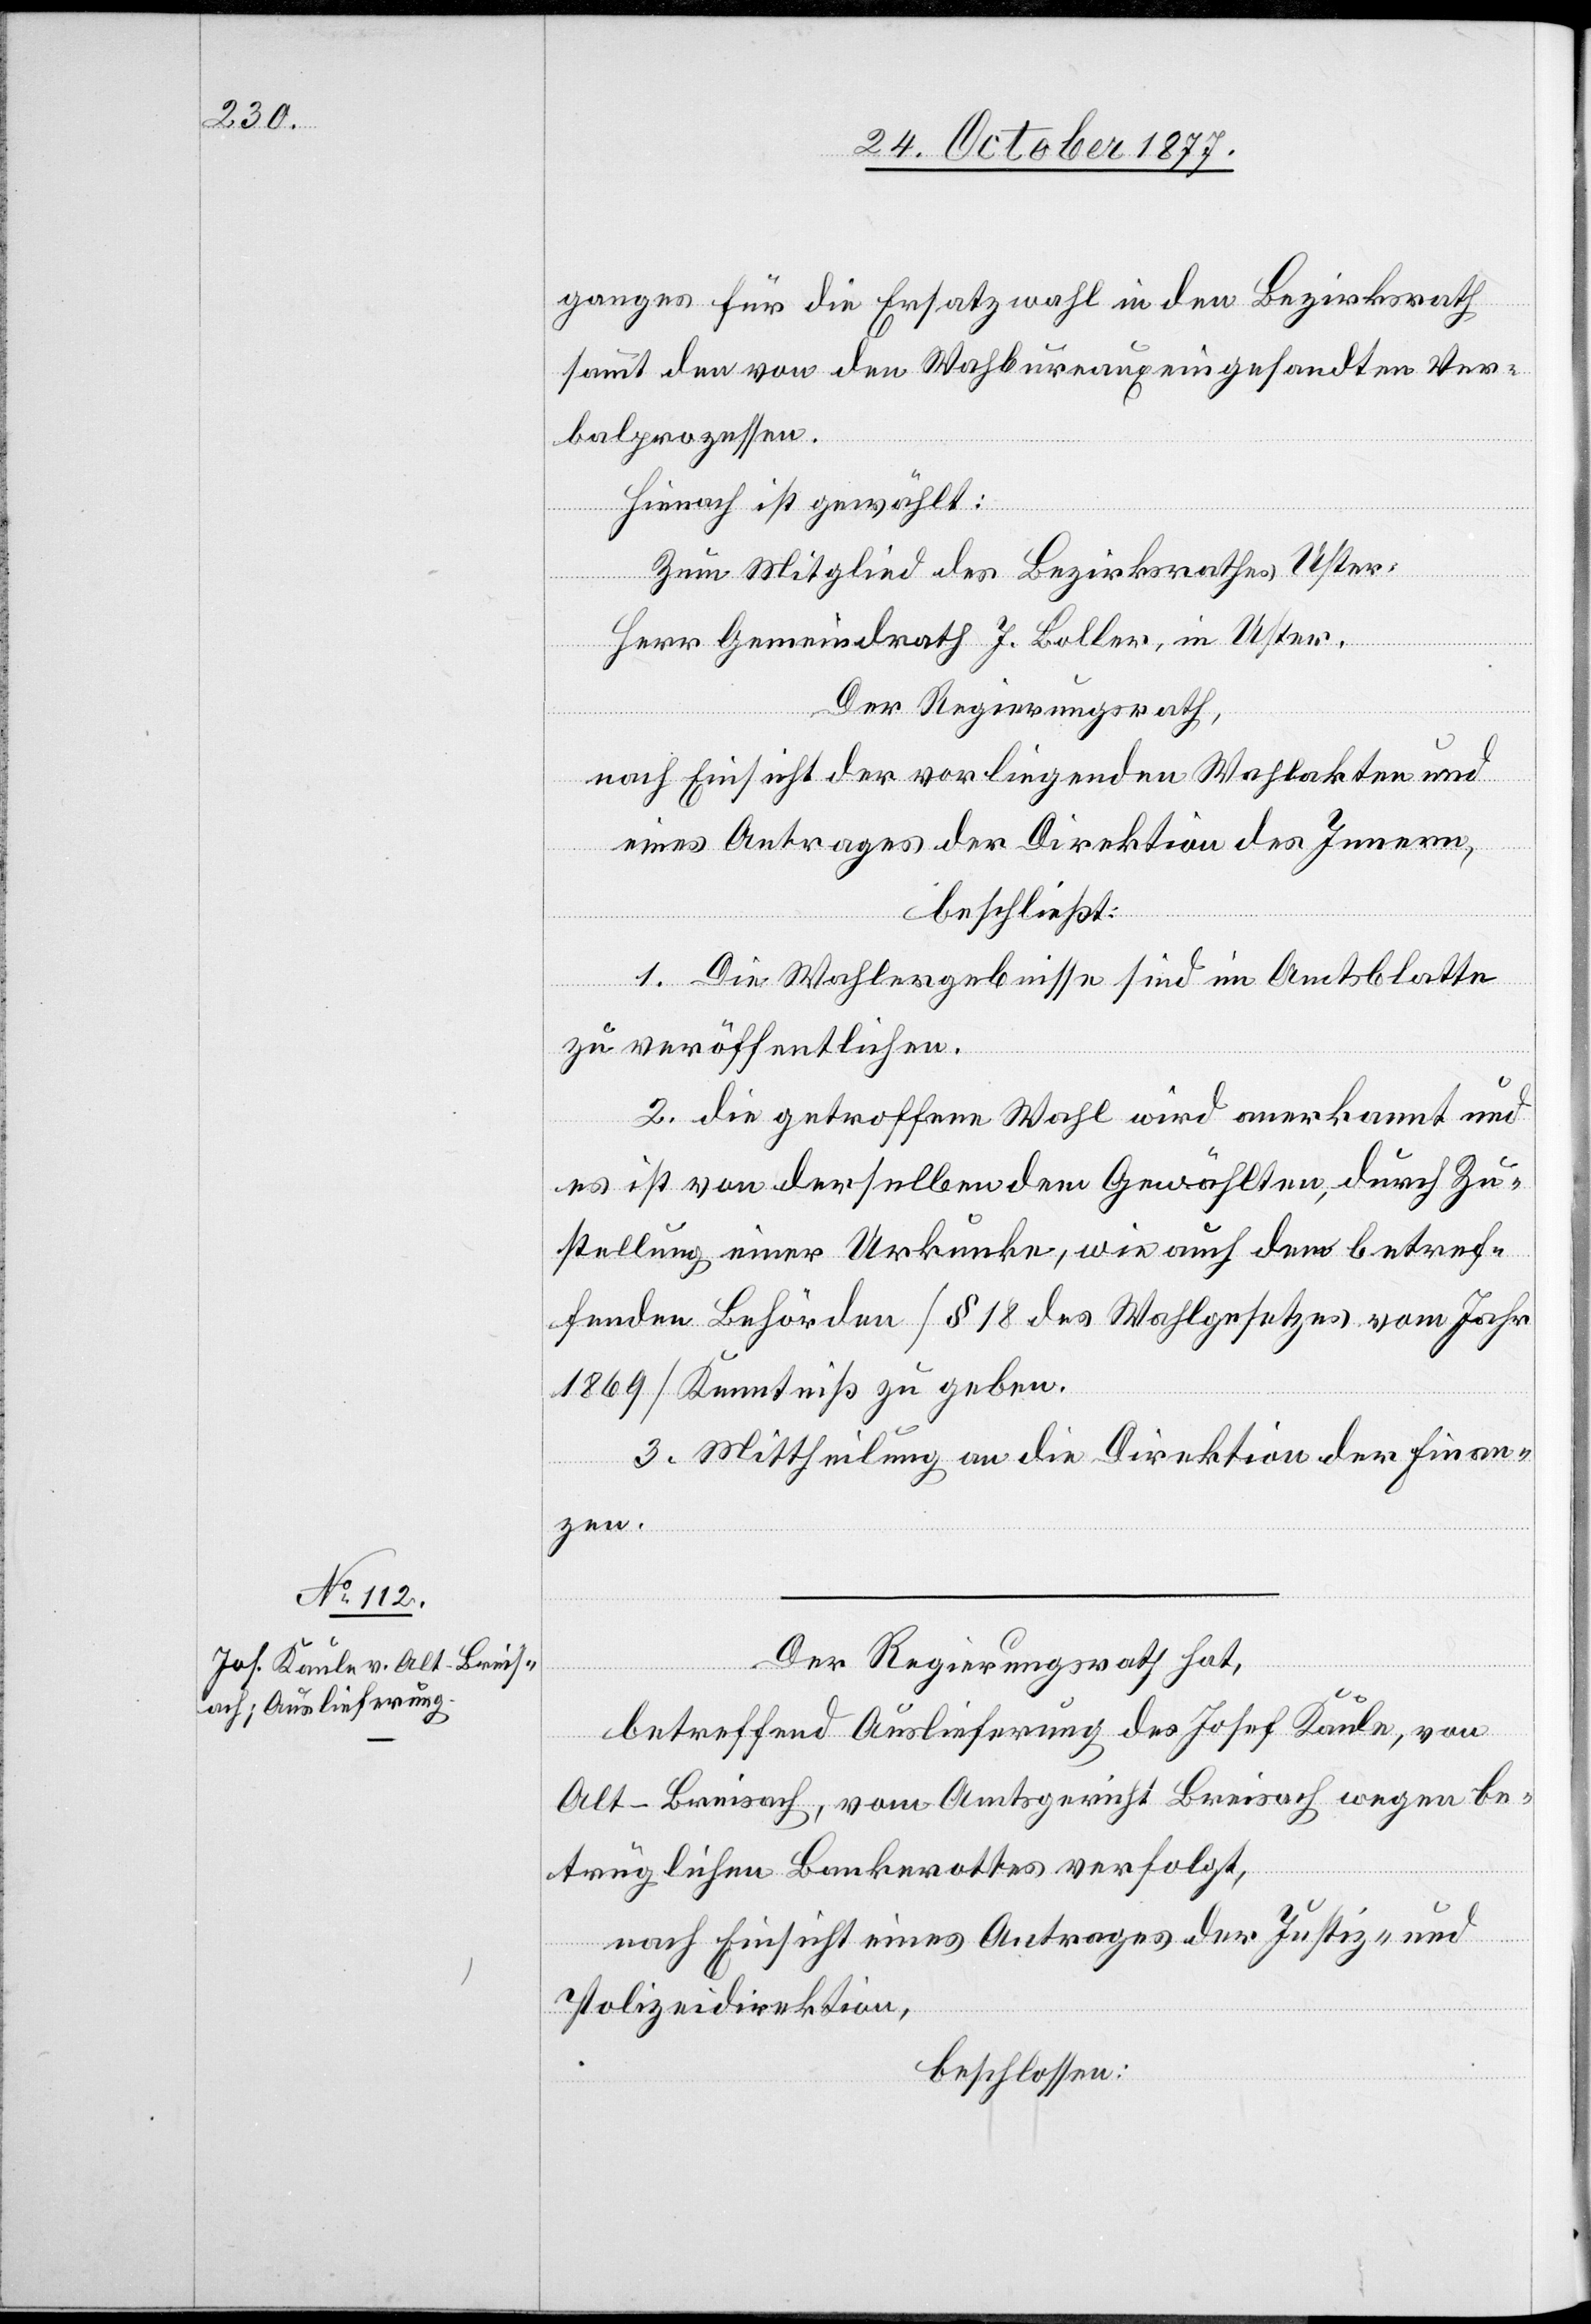
ganges für die Ersatzwahl in den Bezirksrath
sammt den von den Wah[l]bureaux eingesandten Ver¬
balprozessen.
Hienach ist gewählt:
betre¬
Zum Mitglied des Bezirksrathes Uster:
Herr Gemeindrath J. Boller, in Uster.
Der Regierungsrath,
nach Einsicht der vorliegenden Wahlakten und
wie
eines Antrages der Direktion des Innern,
beschließt:
1. Die Wahlergebnisse sind im Amtsblatte
zu veröffentlichen.
2. die getroffene Wahl wird anerkannt und
es ist von derselben dem Gewählten, durch Zu¬
ffenden Behörden [§ 18 des Wahlgesetzes vom Jahr
1869] Kenntniß zu geben.
3. Mittheilung an die Direktion der Finan¬
zen.
Der Regierungsrath hat,
betreffend Auslieferung des Josef Kaule, von
Alt-Breisach, vom Amtsgericht Breisach wegen be¬
trüglichen Bankerottes verfolgt,
einer
nach Einsicht eines Antrages der Justiz- und
Polizeidirektion,
beschlossen: